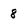
Character: 8